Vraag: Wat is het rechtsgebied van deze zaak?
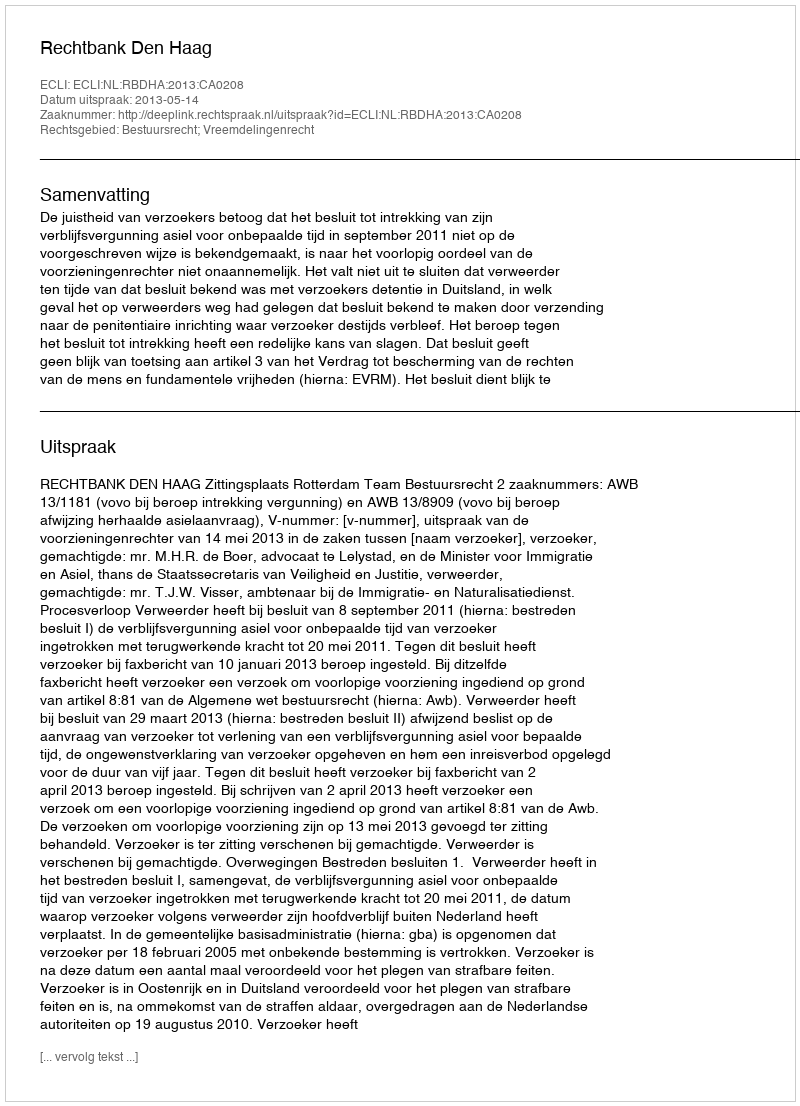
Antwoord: Bestuursrecht; Vreemdelingenrecht